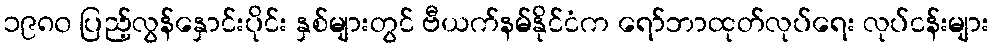
၁၉၈၀ ပြည့်လွန်နှောင်းပိုင်း နှစ်များတွင် ဗီယက်နမ်နိုင်ငံက ရော်ဘာထုတ်လုပ်ရေး လုပ်ငန်းများ